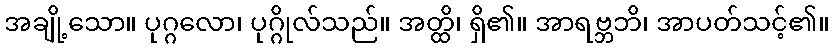
အချို့သော။ ပုဂ္ဂလော၊ ပုဂ္ဂိုလ်သည်။ အတ္ထိ၊ ရှိ၏။ အာရဗ္ဘဘိ၊ အာပတ်သင့်၏။